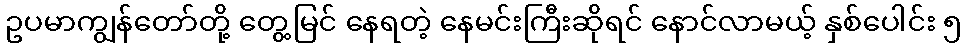
ဥပမာကျွန်တော်တို့ တွေ့မြင် နေရတဲ့ နေမင်းကြီးဆိုရင် နောင်လာမယ့် နှစ်ပေါင်း ၅